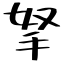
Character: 拏